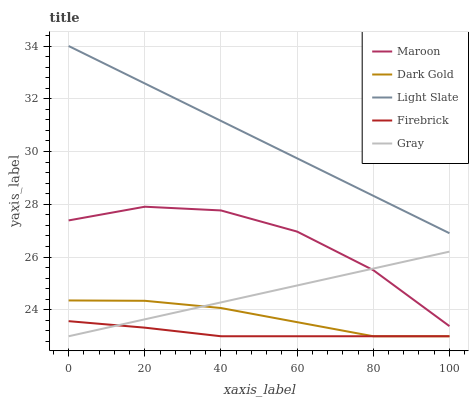
| xaxis_label | Maroon | Dark Gold | Light Slate | Firebrick | Gray |
 | --- | --- | --- | --- | --- | --- |
 | 0 | 27.4 | 24.4 | 34 | 23.6 | 23 |
 | 20 | 27.9 | 24.3 | 32.6 | 23.3 | 23.6 |
 | 40 | 27.8 | 24.1 | 31.2 | 23 | 24.3 |
 | 60 | 27 | 23.5 | 29.7 | 23 | 24.9 |
 | 80 | 25.5 | 23 | 28.3 | 23 | 25.6 |
 | 100 | 23.4 | 23 | 26.9 | 23 | 26.2 |